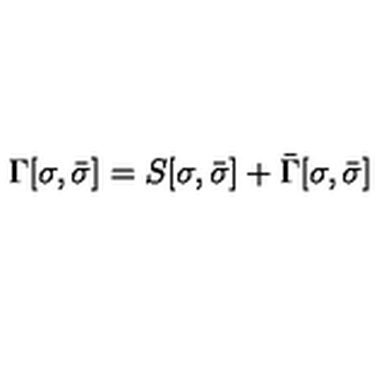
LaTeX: \Gamma [ \sigma , \bar { \sigma } ] = S [ \sigma , \bar { \sigma } ] + \bar { \Gamma } [ \sigma , \bar { \sigma } ]